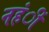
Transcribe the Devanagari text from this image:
नहंीं